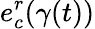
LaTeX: e_{c}^{r}(\gamma(t))